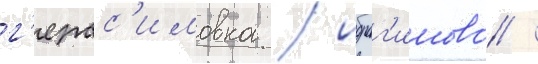
г'ерас'имовка / ибраг'имово /